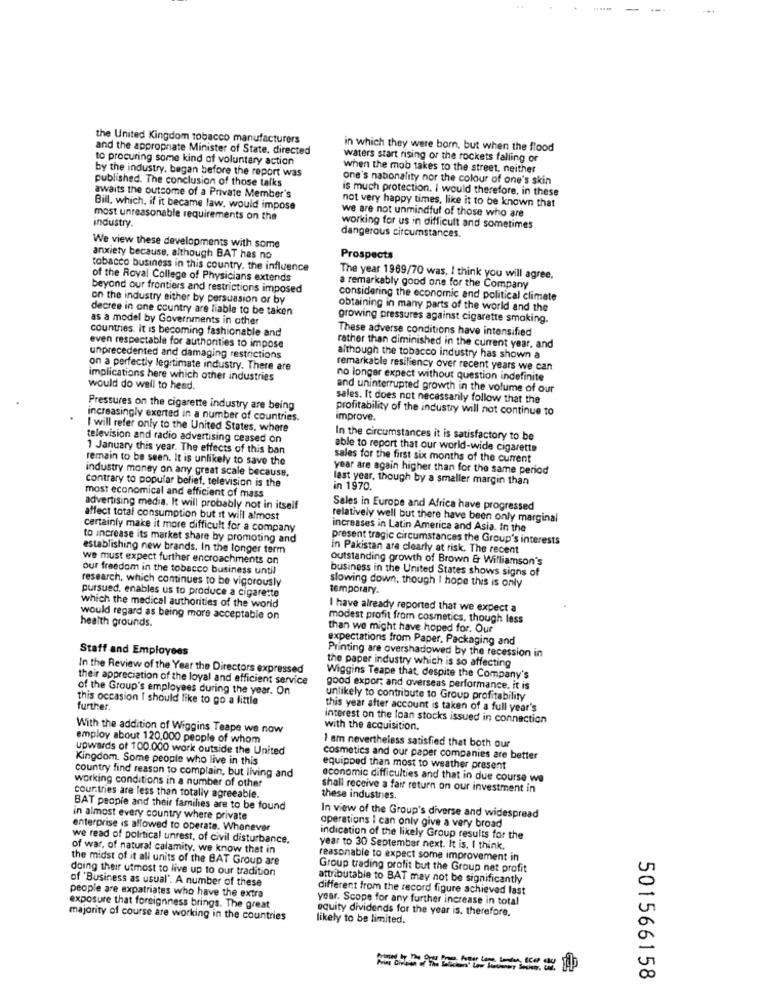
...
the United Kingdom tobacco manufacturers
and the appropriate Minister of State, directed
in which they were born, but when the flood
to procuring some kind of voluntary action
waters start rising or the rockets falling or
by the industry, began before the report was
when the mob takes to the street, neither
published. The conclusion of those talks
one's nationality nor the colour of one's skin
is much protection. I would therefore, in these
awaits the outcome of a Private Member's
not very happy times, like it to be known that
Bill, which, if it became law, would impose
we are not unmindful of those who are
most unreasonable requirements on the
industry.
working for us in difficult and sometimes
dangerous circumstances.
We view these developments with some
anxiety because, although BAT has no
Prospects
tobacco business in this country. the influence
of the Royal College of Physicians extends
The year 1969/70 was. I think you will agree,
beyond our frontiers and restrictions imposed
a remarkably good one for the Company
on the industry either by persuasion or by
considering the economic and political climate
decree in one country are liable to be taken
obtaining in many parts of the world and the
as a model by Governments in other
growing pressures against cigarette smoking.
countries. It is becoming fashionable and
These adverse conditions have intensified
even respectable for authorities to impose
rather than diminished in the current year, and
unprecedented and damaging restrictions
although the tobacco industry has shown a
on a perfectly legitimate industry. There are
remarkable resiliency over recent years we can
implications here which other industries
no longer expect without question indefinite
would do well to head.
and uninterrupted growth in the volume of our
sales. It does not necessarily follow that the
Pressures on the cigarette industry are being
profitability of the industry will not continue to
increasingly exerted in a number of countries.
improve.
I will refer only to the United States, where
television and radio advertising ceased on
In the circumstances it is satisfactory to be
1 January this year. The effects of this ban
able to report that our world-wide cigaretts
remain to be seen, It is unlikely to save the
sales for the first six months of the current
industry money on any great scale because.
year are again higher than for the same period
contrary to popular belief, television is the
last year, though by a smaller margin than
in 1970.
most economical and efficient of mass
advertising media. It will probably not in itself
Sales in Europe and Africa have progressed
affect total consumption but it will almost
relatively well but there have been only marginal
certainly make it more difficult for a company
increases in Latin America and Asia. In the
to increase its market share by promoting and
present tragic circumstances the Group's interests
establishing new brands. In the longer term
In Pakistan are clearly at risk. The recent
we must expect further encroachments on
outstanding growth of Brown & Williamson's
our freedom in the tobacco business until
business in the United States shows signs of
research, which continues to be vigorously
temporary
slowing down, though I hope this is only
pursued. enables us to produce a cigarette
which the medical authorities of the world
I have already reported that we expect a
would regard as being more acceptable on
health grounds.
modest profit from cosmetics, though less
than we might have hoped for. Our
expectations from Paper, Packaging and
Staff and Employees
Printing are overshadowed by the recession in
In the Review of the Year the Directors expressed
the paper industry which is so affecting
their appreciation of the loyal and efficient service
Wiggins Teape that, despite the Company's
of the Group's employees during the year. On
good export and overseas performance. it is
this occasion I should like to go a little
unlikely to contribute to Group profitability
further.
this year after account is taken of a full year's
interest on the loan stocks issued in connection
With the addition of Wiggins Teape we now
with the acquisition.
employ about 120,000 people of whom
upwards of 100.000 work outside the United
1 am nevertheless satisfied that both our
Kingdom. Some people who live in this
cosmetics and our paper companies are better
equipped than most to weather present
country find reason to complain, but living and
economic difficulties and that in due course we
working conditions in a number of other
shall receive a fair return on our investment in
cour.tries are less than totally agreeable.
these industries.
BAT people and their families are to be found
in almost every country where private
In view of the Group's diverse and widespread
enterprise is allowed to operate. Whenever
operations I can only give a very broad
we read of political unrest, of civil disturbance.
indication of the likely Group results for the
of war, of natural calamity. we know that in
year to 30 September next. It is. I think.
the midst of it all units of the BAT Group are
reasonable to expect some improvement in
doing their utmost to live up to our tradition
Group trading profit but the Group net profit
of Business as usual". A number of these
attributable to BAT may not be significantly
different from the record figure achieved last
people are expatriates who have the extra
year. Scope for any further increase in total
exposure that foreignness brings. The great
equity dividends for the year is. therefore.
majority of course are working in the countries
likely to be limited.
501566158